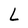
Character: L